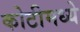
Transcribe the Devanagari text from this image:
कोटीमध्ये